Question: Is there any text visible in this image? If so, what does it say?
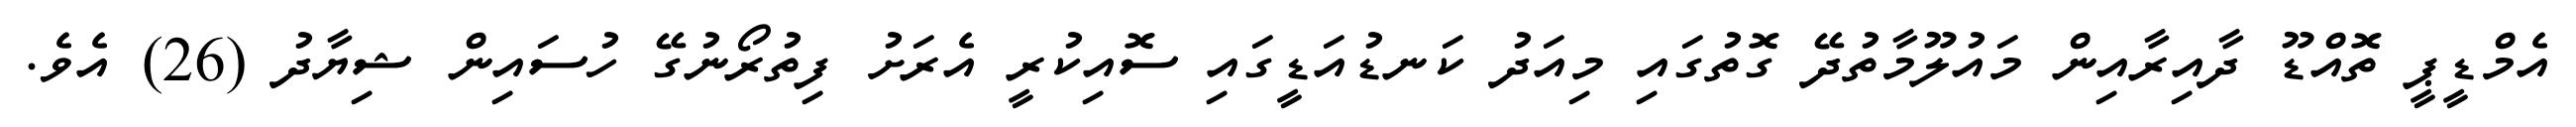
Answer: އެމްޑީޕީ ތޮއްޑޫ ދާއިރާއިން މައުލޫމާތުދޭ ގޮތުގައި މިއަދު ކަނޑުއަޑީގައި ސޮއިކުރީ އެރަށު ފިތުރޯނުގޭ ހުސައިން ޝިޔާދު (26) އެވެ.